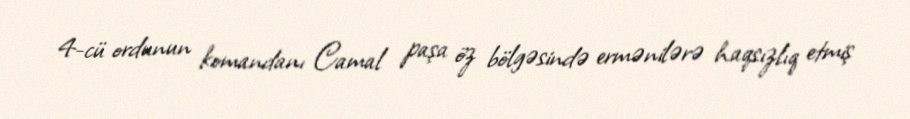
4-cü ordunun komandanı Camal paşa öz bölgəsində ermənilərə haqsızlıq etmiş